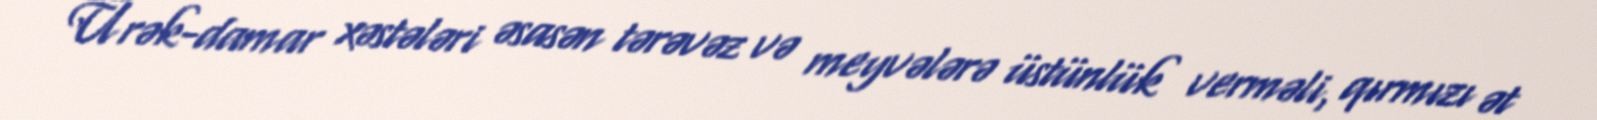
Ürək-damar xəstələri əsasən tərəvəz və meyvələrə üstünlük verməli, qırmızı ət